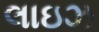
લાઇઝ